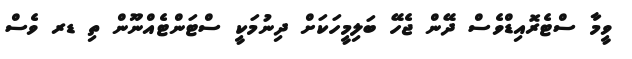
ވީމާ ސްޓެރޮއިޑްވެސް ދޭން ޖެހޭ ބަލިމީހަކަށް ދިނުމަކީ ސްޓަންޓެއްނޫން ތި ޑރ ވެސް